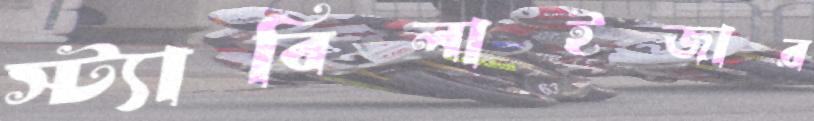
স্ট্যাবিলাইজার